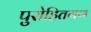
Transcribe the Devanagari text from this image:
पुरोहितगण